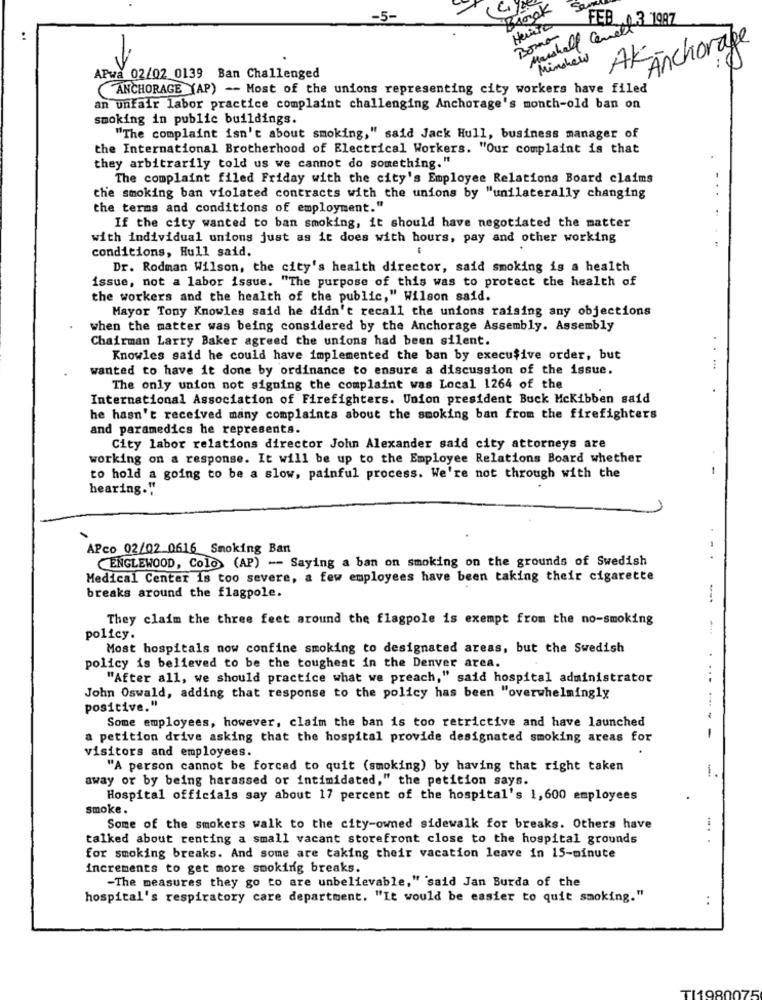
Blogok
Huisio
Marshall Corretto 1997
FEB
AFAnchorage
Minshew
APwa 02/02 0139 Ban Challenged
ANCHORAGE (AP) -- Most of the unions representing city workers have filed
an unfair labor practice complaint challenging Anchorage's month-old ban on
smoking in public buildings.
"The complaint isn't about smoking," said Jack Hull, business manager of
the International Brotherhood of Electrical Workers. "Our complaint is that
they arbitrarily told us we cannot do something."
The complaint filed Friday with the city's Employee Relations Board claims
the smoking ban violated contracts with the unions by "unilaterally changing
the terms and conditions of employment."
If the city wanted to ban smoking, it should have negotiated the matter
with individual unions just as it does with hours, pay and other working
conditions, Hull said.
Dr. Rodman Wilson, the city's health director, said smoking is a health
issue, not a labor issue. "The purpose of this was to protect the health of
the workers and the health of the public," Wilson said.
Mayor Tony Knowles said he didn't recall the unions raising any objections
when the matter was being considered by the Anchorage Assembly. Assembly
Chairman Larry Baker agreed the unions had been silent.
Knowles said he could have implemented the ban by executive order, but
wanted to have it done by ordinance to ensure a discussion of the issue.
The only union not signing the complaint was Local 1264 of the
International Association of Firefighters. Union president Buck Mckibben said
he hasn't received many complaints about the smoking ban from the firefighters
and paramedics he represents.
City labor relations director John Alexander said city attorneys are
working on a response. It will be up to the Employee Relations Board whether
to hold a going to be a slow, painful process. We're not through with the
hearing."
APco 02/02_0616 Smoking Ban
ENGLEWOOD, Colo (AP) -- Saying a ban on smoking on the grounds of Swedish
Medical Center is too severe, a few employees have been taking their cigarette
breaks around the flagpole.
They claim the three feet around the flagpole is exempt from the no-smoking
policy.
Most hospitals now confine smoking to designated areas, but the Swedish
policy is believed to be the toughest in the Denver area.
..
"After all, we should practice what we preach," said hospital administrator
John Oswald, adding that response to the policy has been "overwhelmingly
positive."
Some employees, however, claim the ban is too retrictive and have launched
a petition drive asking that the hospital provide designated smoking areas for
-
visitors and employees.
"A person cannot be forced to quit (smoking) by having that right taken
away or by being harassed or intimidated," the petition says.
Hospital officials say about 17 percent of the hospital's 1,600 employees
smoke.
Some of the smokers walk to the city-owned sidewalk for breaks. Others have
talked about renting a small vacant storefront close to the hospital grounds
for smoking breaks. And some are taking their vacation leave in 15-minute
increments to get more smoking breaks.
-The measures they go to are unbelievable," said Jan Burda of the
hospital's respiratory care department. "It would be easier to quit smoking."
:
TI